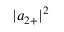
| a _ { 2 + } | ^ { 2 }